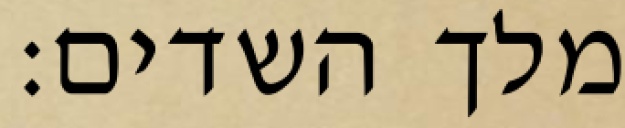
מלך השדים: